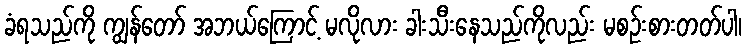
ခံရသည်ကို ကျွန်တော် အဘယ်ကြောင့် မလိုလား ခါးသီးနေသည်ကိုလည်း မစဉ်းစားတတ်ပါ၊